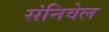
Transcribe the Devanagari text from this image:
संनिवेल